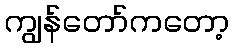
ကျွန်တော်ကတော့